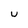
Character: u